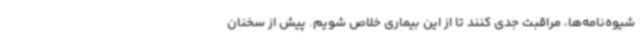
شیوه‌نامه‌ها، مراقبت جدی کنند تا از این بیماری خلاص شویم. پیش از سخنان